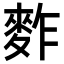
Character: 𪌟